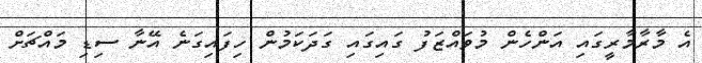
އެ މާރާމާރީގައި އަންހެން މުވައްޒަފު ގައިގައި ގަދަކަމުން ހިފައިގަނެ އޭނާ ސިޑި މައްޗަށް